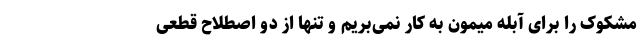
مشکوک را برای آبله میمون به کار نمی‌بریم و تنها از دو اصطلاح قطعی